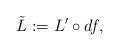
LaTeX: \begin{align*}\tilde{L}:=L^{\prime }\circ df, \end{align*}